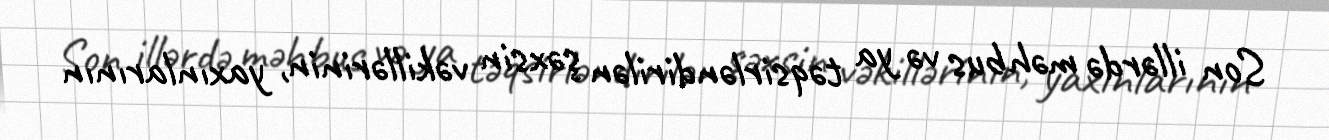
Son illərdə məhbus və ya təqsirləndirilən şəxsin vəkillərinin, yaxınlarının